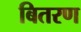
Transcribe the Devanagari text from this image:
बितरण